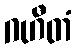
ဂဟီတံ